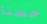
حسنا